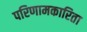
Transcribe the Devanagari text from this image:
परिणामकारिता